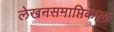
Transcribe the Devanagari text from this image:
लेखनसमाप्तिकाल